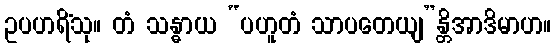
ဥပဟရိံသု။ တံ သန္ဓာယ “ပဟူတံ သာပတေယျ”န္တိအာဒိမာဟ။